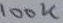
Text: 100K